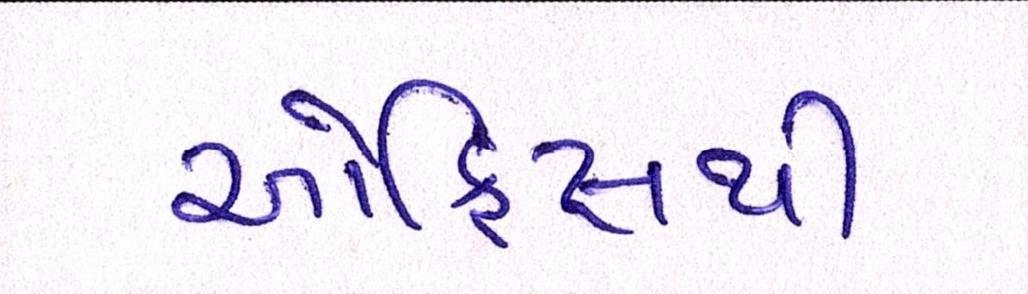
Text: ઓફિસથી